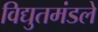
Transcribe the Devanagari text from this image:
विद्युतमंडले